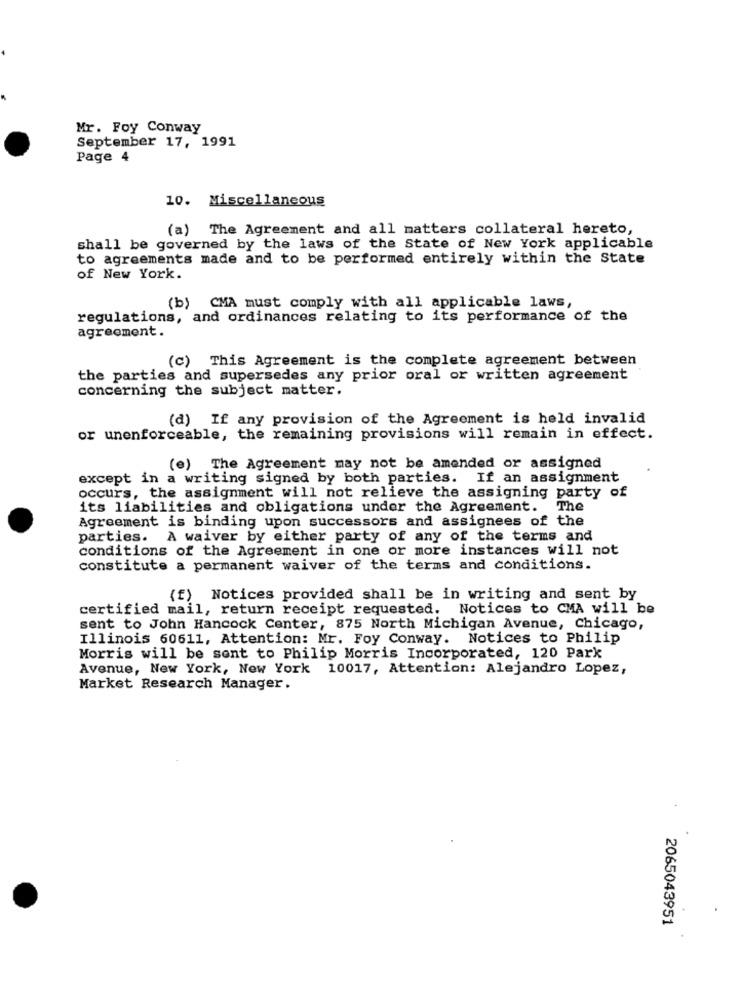
Mr. Foy Conway
September 17, 1991
Page 4
10. Miscellaneous
(a) The Agreement and all matters collateral hereto,
shall be governed by the laws of the State of New York applicable
to agreements made and to be performed entirely within the State
of New York.
(b) CMA must comply with all applicable laws,
regulations, and ordinances relating to its performance of the
agreement.
(c) This Agreement is the complete agreement between
the parties and supersedes any prior oral or written agreement
concerning the subject matter.
(d) If any provision of the Agreement is held invalid
or unenforceable, the remaining provisions will remain in effect.
(e) The Agreement may not be amended or assigned
except in a writing signed by both parties. If an assignment
occurs, the assignment will not relieve the assigning party of
its liabilities and obligations under the Agreement. The
Agreement is binding upon successors and assignees of the
parties. A waiver by either party of any of the terms and
conditions of the Agreement in one or more instances will not
constitute a permanent waiver of the terms and conditions.
(f) Notices provided shall be in writing and sent by
certified mail, return receipt requested. Notices to CMA will be
sent to John Hancock Center, 875 North Michigan Avenue, Chicago,
Illinois 60611, Attention: Mr. Foy Conway. Notices to Philip
Morris will be sent to Philip Morris Incorporated, 120 Park
Avenue, New York, New York 10017, Attention: Alejandro Lopez,
Market Research Manager.
2065043951